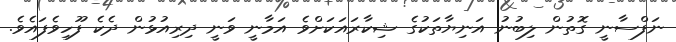
ނަފްސާނީ ގޮތުން ލިބުނު އަނިޔާތަކުގެ ޝިކާރައަކަށްވެ އަމާނީ ވަނީ ދިރިއުޅުން ދެކެ ފޫހިވެފައެވެ.